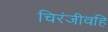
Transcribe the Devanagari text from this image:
चिरंजीवहि